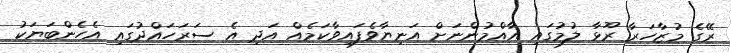
ރޭގެ މުޒާހަރާ ރޫޅާ ލުމުގައި އާއްމުންނަށް އަނިޔާވެފައިވާކަމެއް އަދި އެ ސަރަހައްދުގައި އެހެންބަޔަކު